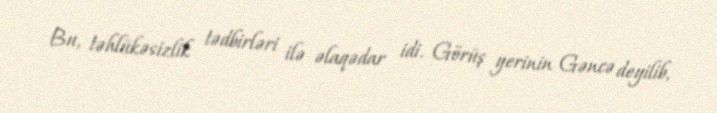
Bu, təhlükəsizlik tədbirləri ilə əlaqədar idi. Görüş yerinin Gəncə deyilib,